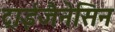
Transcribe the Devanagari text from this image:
ट्राईजैनेसिन